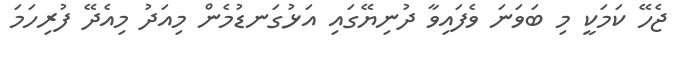
ޖެހޭ ކަމަކީ މި ބަވަނަ ވެފައިވާ ދުނިޔޭގައި އަޅުގަނޑުމެން މިއަދު މިއެދޭ ފުރިހަމަ